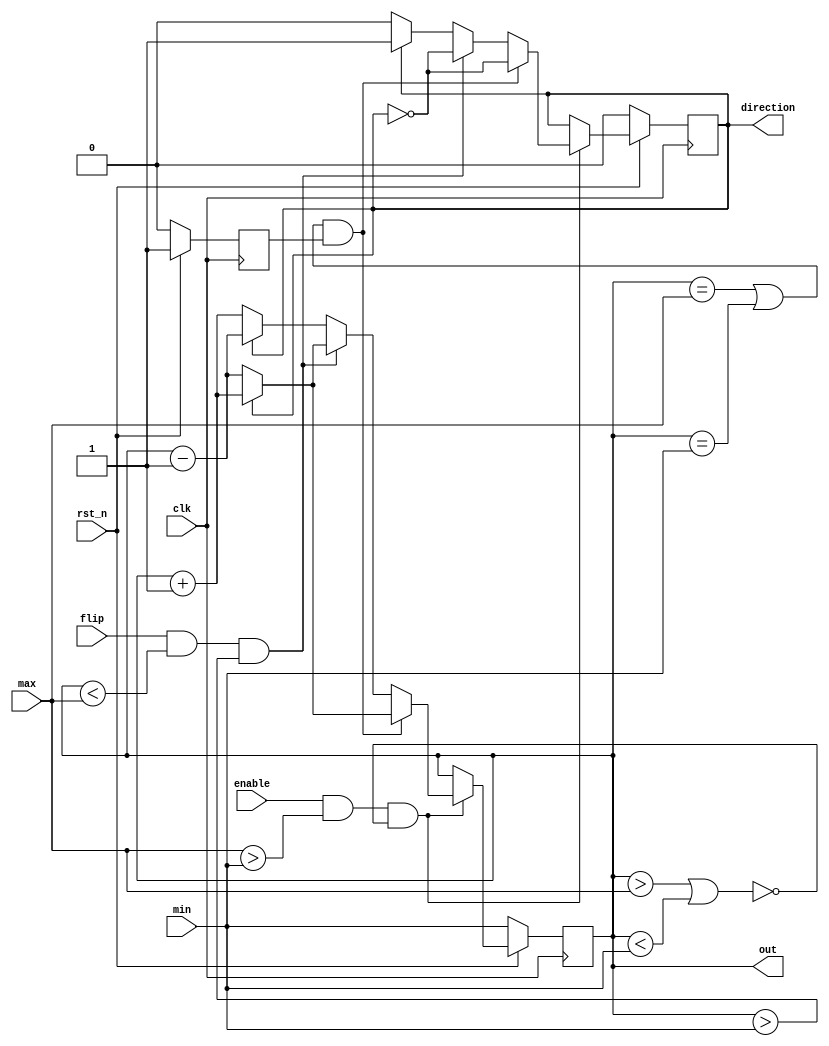
`timescale 1ns / 1ps
//////////////////////////////////////////////////////////////////////////////////
// Company: 
// Engineer: 
// 
// Design Name: 
// Module Name: PPC
// Project Name: 
// Target Devices: 
// Tool Versions: 
// Description: 
// 
// Dependencies: 
// 
// Revision:
// Revision 0.01 - File Created
// Additional Comments:
// 
//////////////////////////////////////////////////////////////////////////////////
module Parameterized_Ping_Pong_Counter (clk, rst_n, enable, flip, max, min, direction, out);
input clk, rst_n;
input enable;
input flip;
input [4-1:0] max;
input [4-1:0] min;
output direction;
output [4-1:0] out;
reg direction, next_direction;
reg [4-1:0] out, next_out;
reg check_rst;

parameter up = 1'b0;
parameter down = 1'b1;

wire isborder = ((out == max || out == min) && check_rst);
wire out_of_range = (out > max || out < min);
wire available = (enable && max > min && !out_of_range);
wire Flip = (flip && out < max && out > min);


always @(posedge clk) begin
    if(!rst_n) begin
        out <= min;
        direction <= up;
        check_rst <= 1'b0;
     end else begin
        out <= next_out;
        direction <= next_direction;
        check_rst <= 1'b1;
     end
end

always @(*) begin
    if(!available) begin
        next_direction = direction;
        next_out = out;
    end else begin
        if(isborder) begin
           next_direction = !direction;
           next_out = (direction == up) ? out - 1'b1 : out + 1'b1;
        end else begin
            if(Flip) begin
                next_direction = !direction;
                next_out = (direction == up) ? out - 1'b1 : out + 1'b1;
            end else begin
                if(direction == up) begin
                    next_direction = up;
                    next_out = out + 1'b1;
                end else begin
                    next_direction = down;
                    next_out = out - 1'b1;
                end
            end
        end
    end    
 end       
       
endmodule